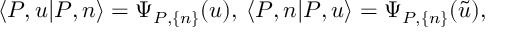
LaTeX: \langle P , u | P , n \rangle = \Psi _ { P , \{ n \} } ( u ) , \: \langle P , n | P , u \rangle = \Psi _ { P , \{ n \} } ( \tilde { u } ) ,